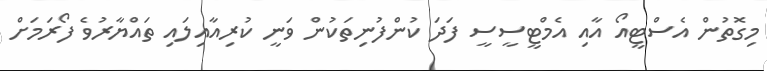
މިގޮތުން އެސްޓީއޯ އާއި އެމްޓީސީސީ ފަދަ ކުންފުނިތަކުން ވަނީ ކުރިއާއިލައި ތައްޔާރުވެ ފޯރަމަށް